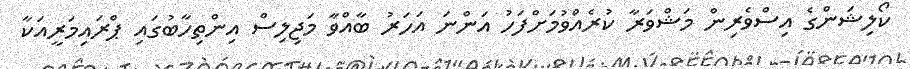
ކޯލިޝަންގެ އިސްވެރިން މަޝްވަރާ ކުރެއްވުމަށްފަހު އަންނަ އަހަރު ބާއްވާ މަޖިލިސް އިންތިހާބުގައި ޕްރައިމަރީއަކާ